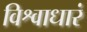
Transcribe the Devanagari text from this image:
विश्वाधारं